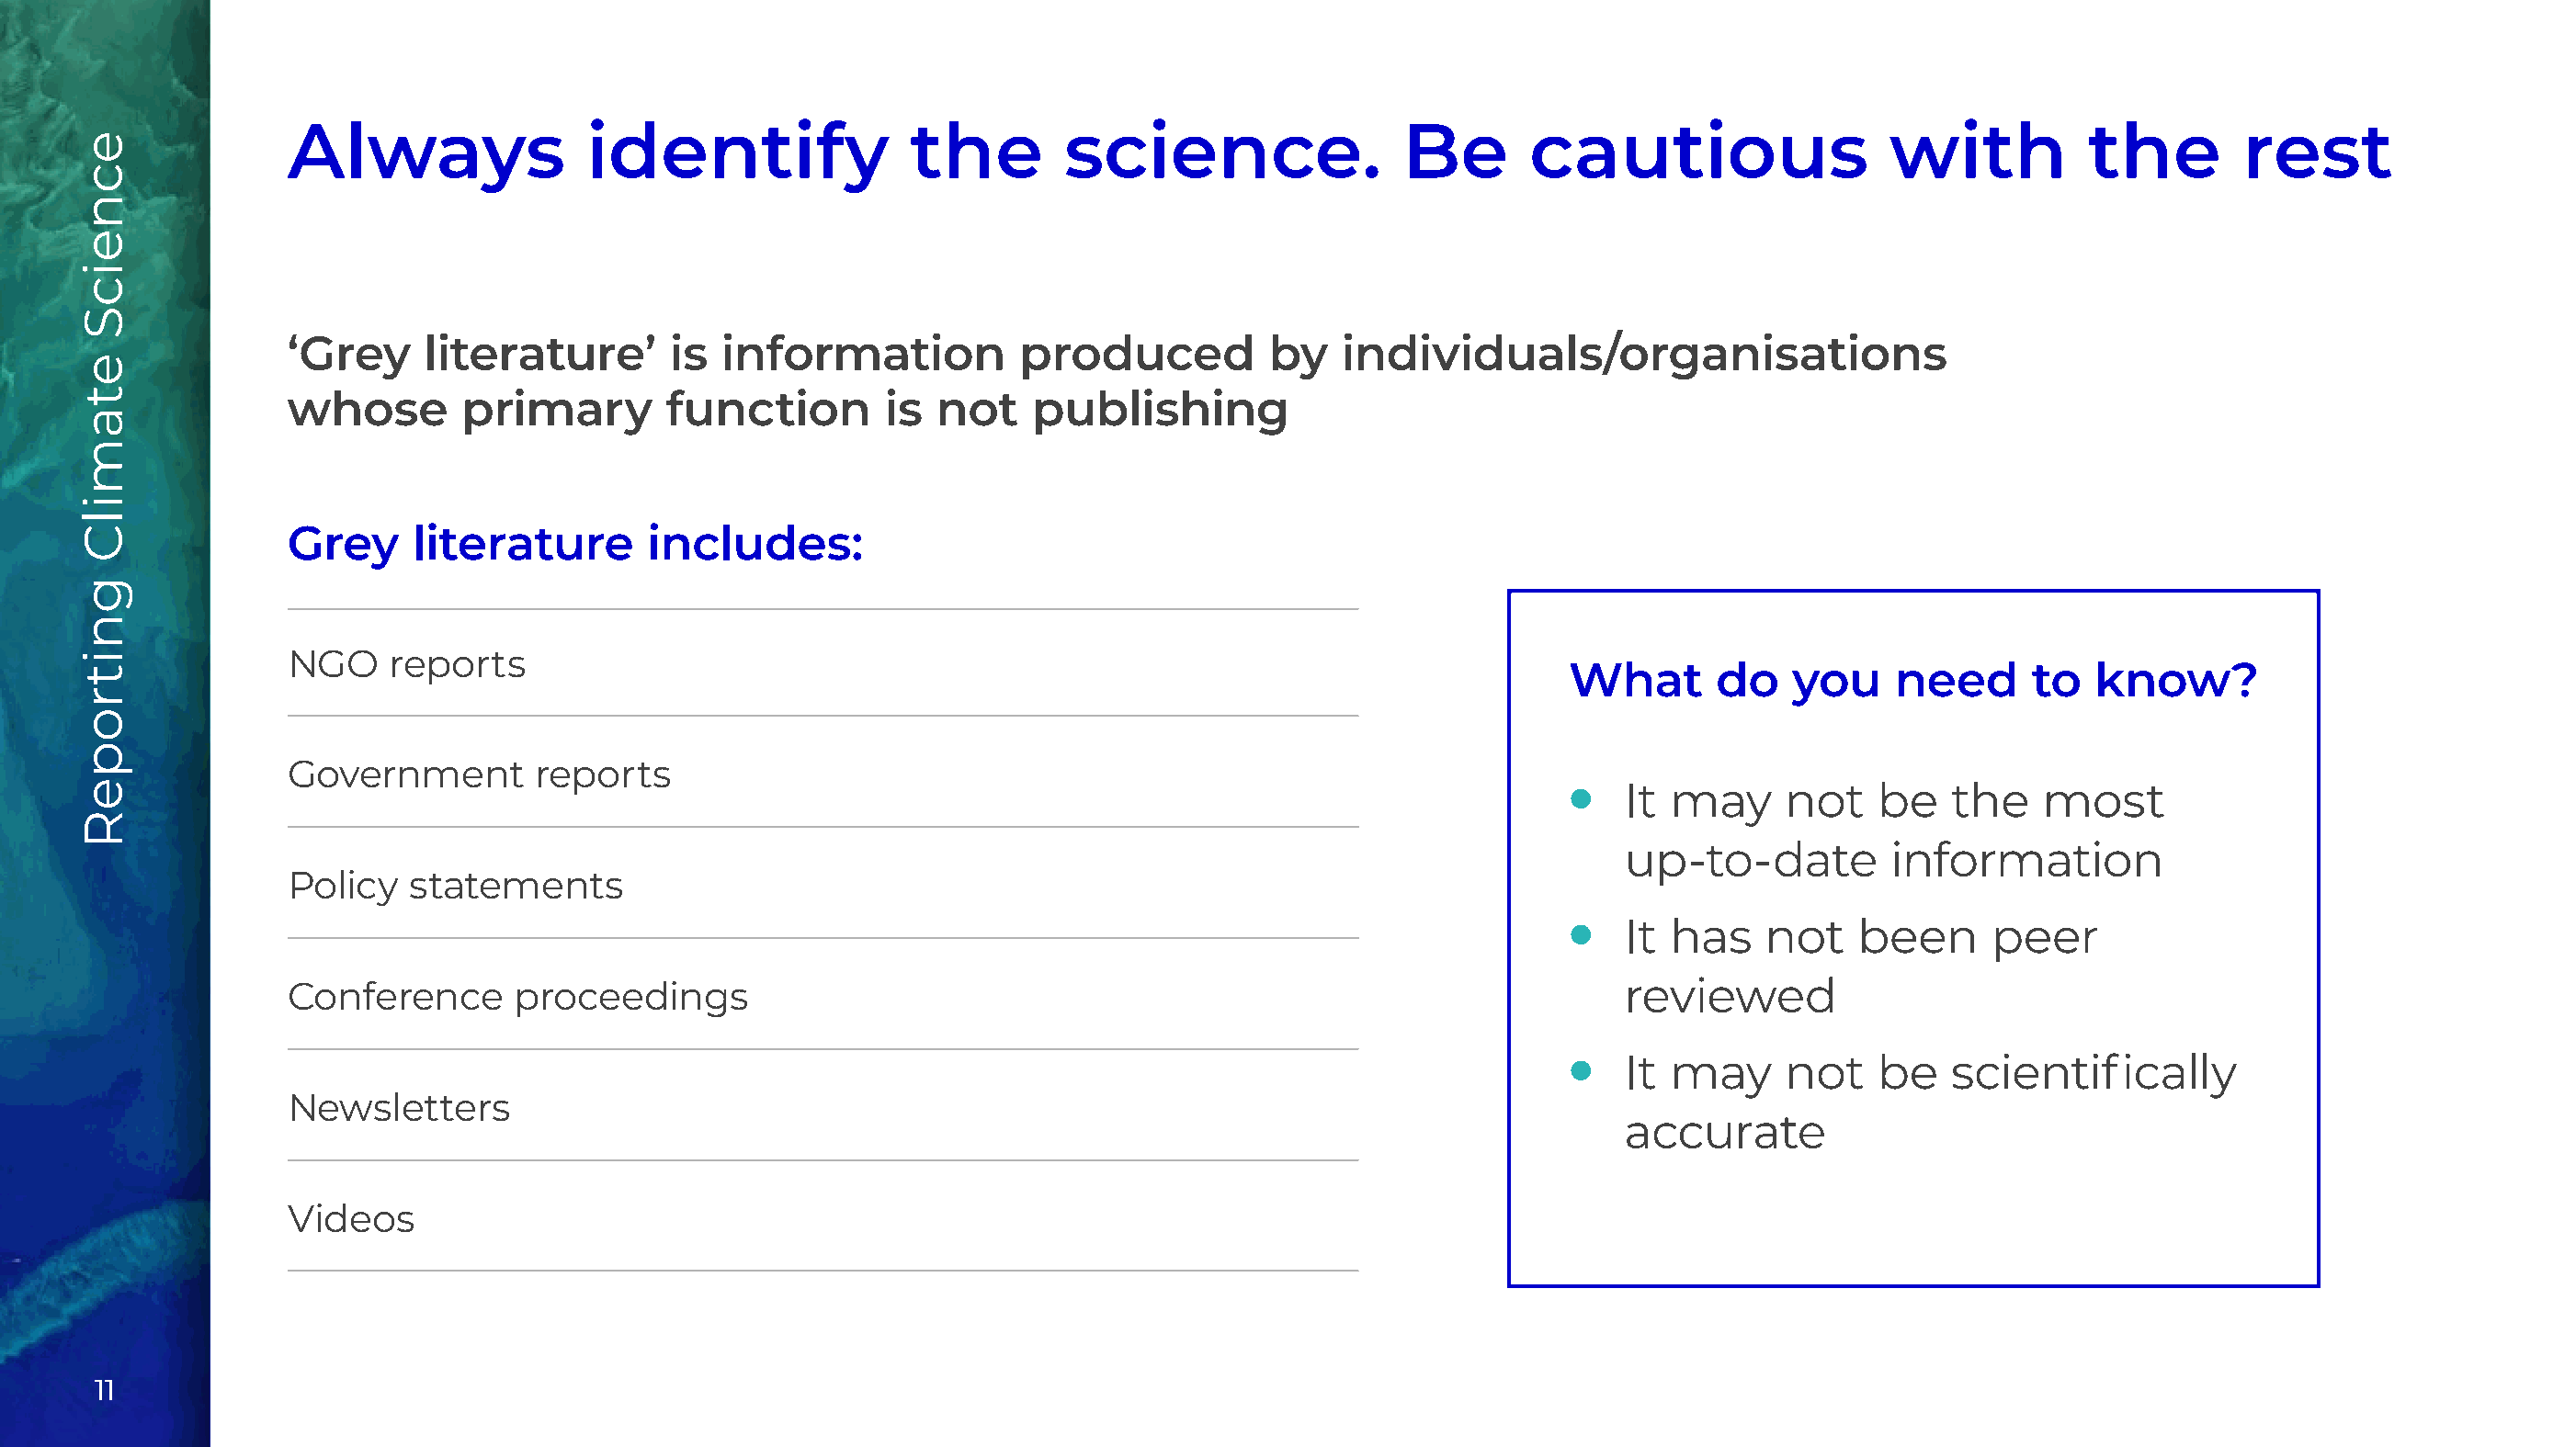
Always               identify                the        science.                Be       cautious                  with          the        rest
 ‘Grey     literature’      is  information          produced          by    individuals/organisations
 whose       primary        function        is not    publishing
 Grey     literature       includes:
 NGO    reports
 What       do   you    need      to   know?
 Government       reports
 •   It may      not   be    the   most
 up-to-date         information
 Policy  statements
 •   It has    not    been     peer
 Conference      proceedings                                                                     reviewed
 •   It may      not   be    scientifically
 Newsletters
 accurate
 Videos
 11
 ecneicS
 etamilC
 gnitropeR